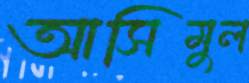
আসিমুল